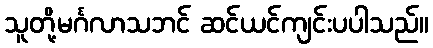
သူတို့မင်္ဂလာသဘင် ဆင်ယင်ကျင်းပပါသည်။